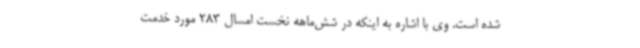
شده است. وی با اشاره به اینکه در شش‌ماهه نخست امسال 283 مورد خدمت